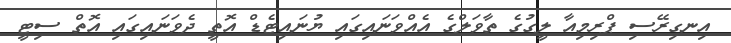
އިނގިރޭސި ޕްރިމިއާ ލީގުގެ ތާވަލްގެ އެއްވަނައިގައި ޔުނައިޓެޑް އޮތީ ދެވަނައިގައި އޮތް ސިޓީ